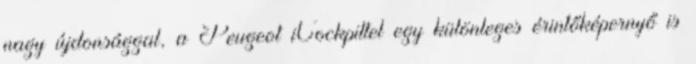
nagy újdonsággal, a Peugeot iCockpittel egy különleges érintőképernyő is